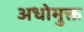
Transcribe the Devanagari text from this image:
अधोमुक्त